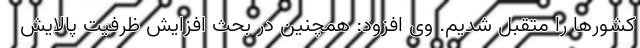
کشورها را متقبل شدیم. وی افزود: همچنین در بحث افزایش ظرفیت پالایش